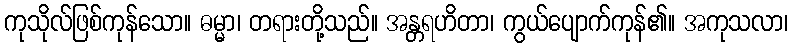
ကုသိုလ်ဖြစ်ကုန်သော။ ဓမ္မာ၊ တရားတို့သည်။ အန္တရဟိတာ၊ ကွယ်ပျောက်ကုန်၏။ အကုသလာ၊